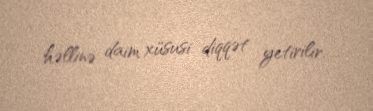
həllinə daim xüsusi diqqət yetirilir.